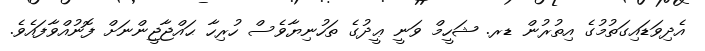
އެދިވަޑައިގަތުމުގެ އިތުރުން ޑރ. ޝަހީމް ވަނީ ޢީދުގެ ތަހުނިޔާވެސް ހުރިހާ ޙައްޖާޖީންނަށް ފޮނުއްވާފައެވެ.